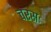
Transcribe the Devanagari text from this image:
चरसः